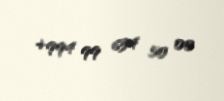
+994 99 634 50 00